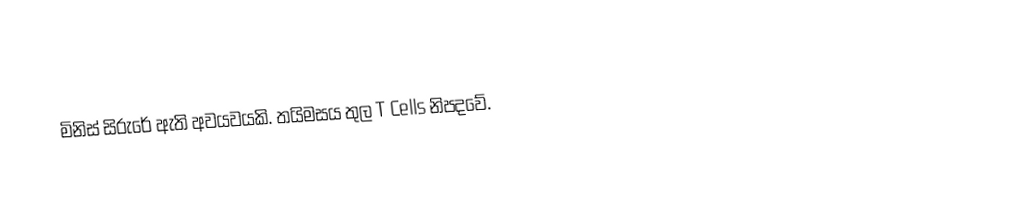
මිනිස් සිරුරේ ඇති අවයවයකි. තයිමසය තුල T Cells නිපදවේ.